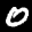
Label: 0